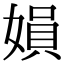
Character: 㜏